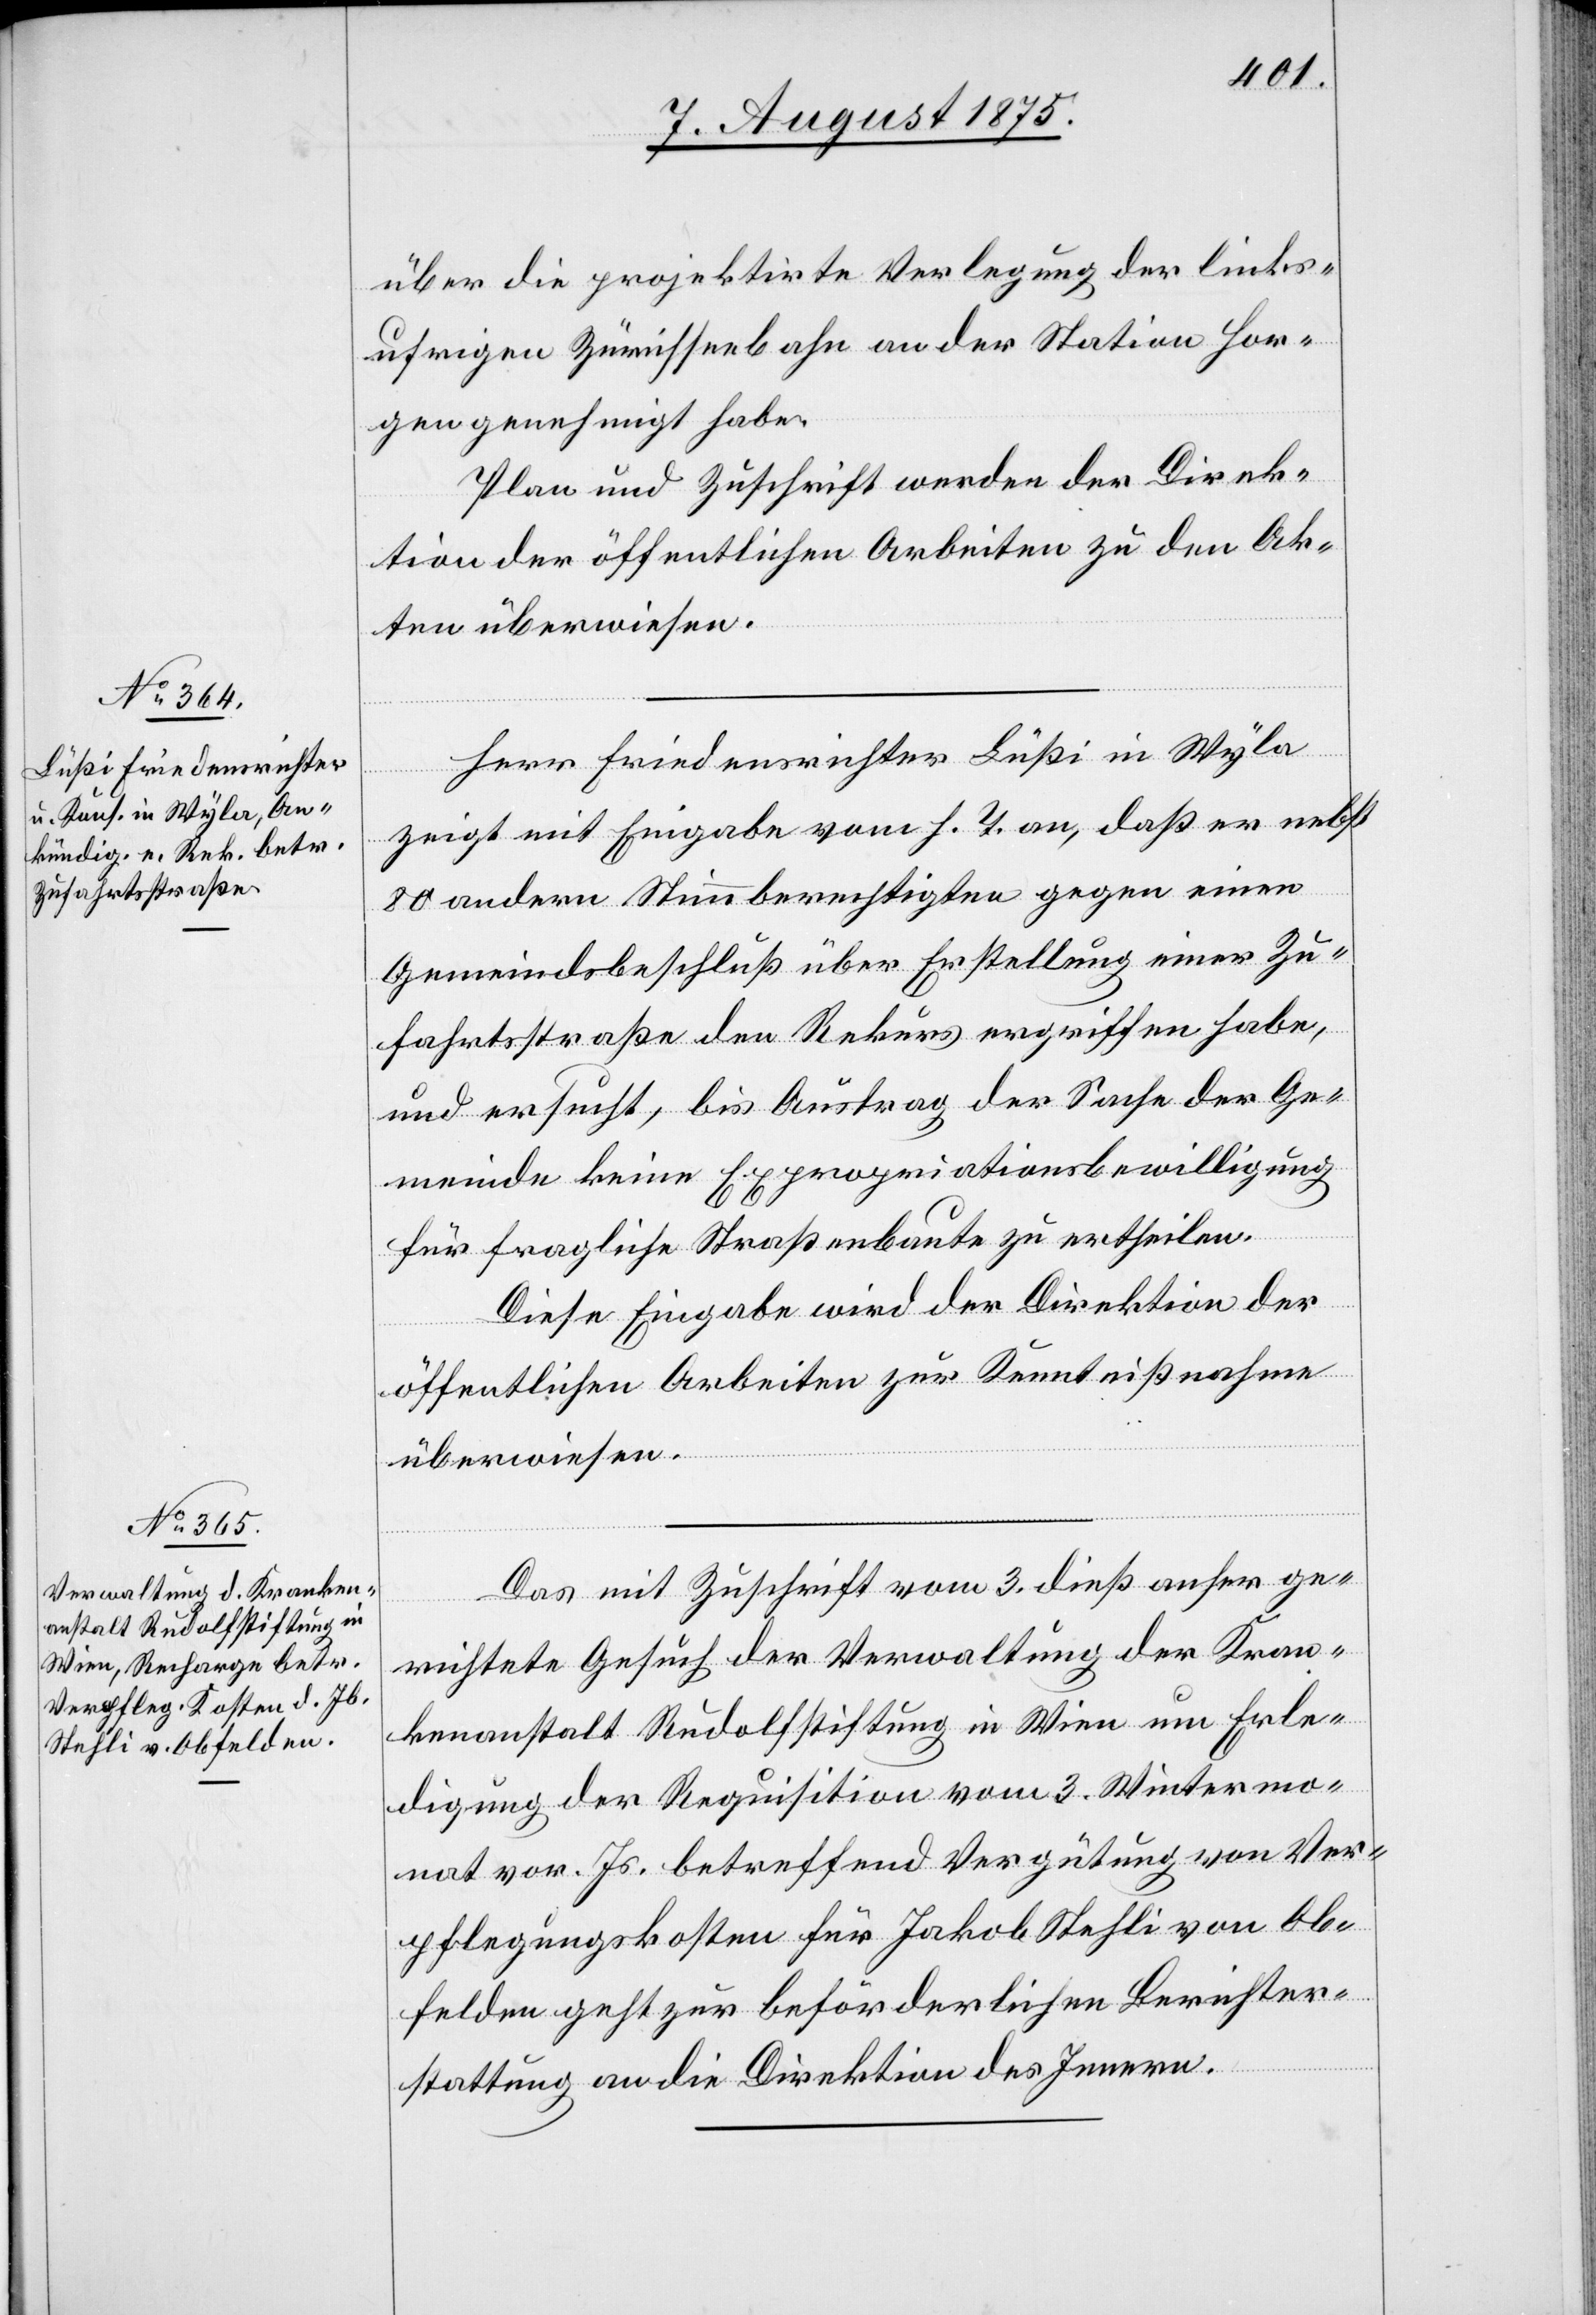
7. August 1875.]
über die projektirte Verlegung der links¬
ufrigen Zürichseebahn an der Station Hor¬
gen genehmigt habe.
Plan und Zuschrift werden der Direk¬
tion der öffentlichen Arbeiten zu den Ak¬
ten überwiesen.
Herr Friedensrichter Lüßi in Wyla
zeigt mit Eingabe vom h. T. an, daß er nebst
80 andern Stimmberechtigten gegen einen
Gemeindsbeschluß über Erstellung einer Zu¬
fahrtsstraße den Rekurs ergriffen habe,
und ersucht, bis Austrag der Sache der Ge¬
meinde keine Expropriationsbewilligung
für fragliche Straßenbaute zu ertheilen.
Diese Eingabe wird der Direktion der
öffentlichen Arbeiten zur Kenntnißnahme
überwiesen.
Das mit Zuschrift vom 3. dieß anher ge¬
richtete Gesuch der Verwaltung der Kran¬
kenanstalt Rudolfstiftung in Wien um Erle¬
digung der Requisition vom 3. Wintermo¬
nat vor. Js. betreffend Vergütung von Ver¬
pflegungskosten für Jakob Stehli von Ob¬
felden geht zur beförderlichen Berichter¬
stattung an die Direktion des Innern.